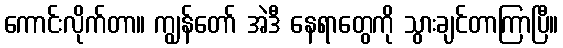
ကောင်းလိုက်တာ။ ကျွန်တော် အဲဒီ နေရာတွေကို သွားချင်တာကြာပြီ။